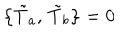
\bigl \{ \tilde { T } _ { a } , \, \tilde { T } _ { b } \bigr \} = 0